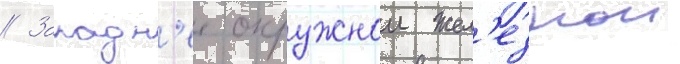
// Западн'ее окружнои жел'езнои